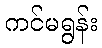
ကင်မရွန်း